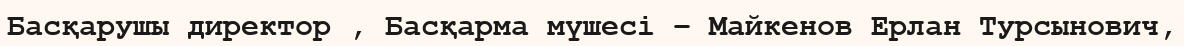
Басқарушы директор , Басқарма мүшесі – Майкенов Ерлан Турсынович,